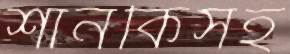
শানকিসহ